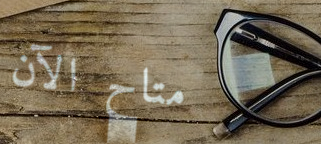
متاح الآن